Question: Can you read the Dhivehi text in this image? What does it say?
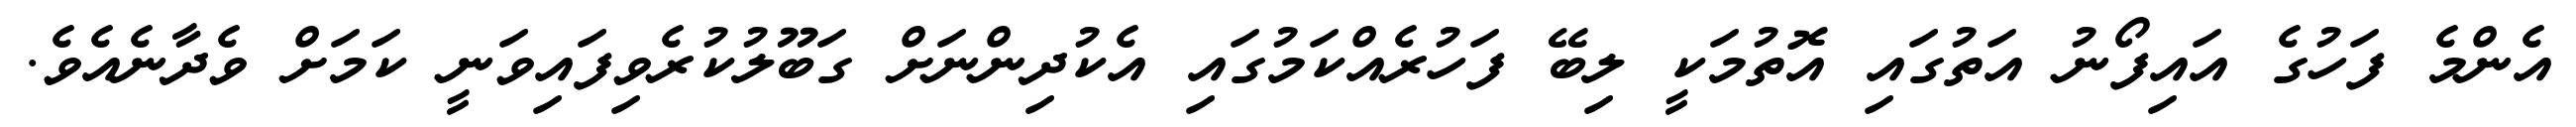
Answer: އެންމެ ފަހުގެ އައިފޯނު އަތުގައި އޮތުމަކީ ލިބޭ ފަހުރެއްކަމުގައި އެކުދިންނަށް ގަބޫލުކުރެވިފައިވަނީ ކަމަށް ވެދާނެއެވެ.